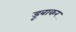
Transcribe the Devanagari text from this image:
डूबाकर